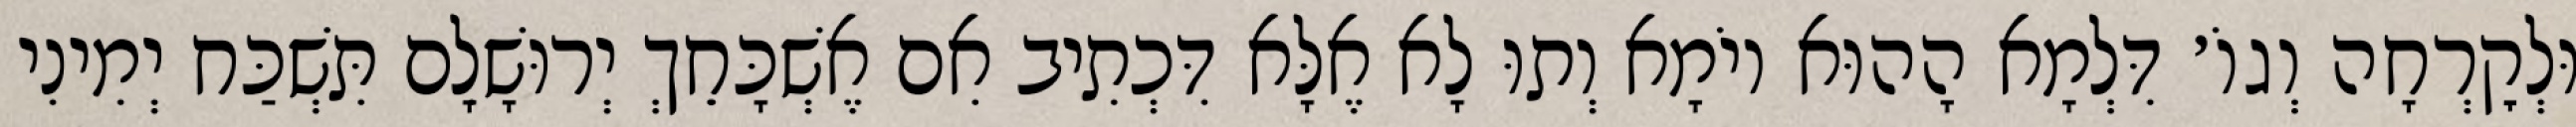
וּלְקׇרְחָה וְגוֹ׳ דִּלְמָא הָהוּא יוֹמָא וְתוּ לָא אֶלָּא דִּכְתִיב אִם אֶשְׁכָּחֵךְ יְרוּשָׁלִָם תִּשְׁכַּח יְמִינִי